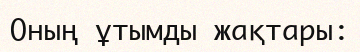
Оның ұтымды жақтары: